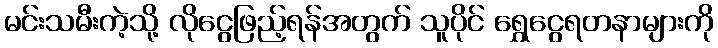
မင်းသမီးကဲ့သို့ လိုငွေဖြည့်ရန်အတွက် သူပိုင် ရွှေငွေရတနာများကို